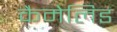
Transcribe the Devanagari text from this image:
कैमेलिड